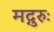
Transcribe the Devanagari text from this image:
मद्गुरुः